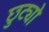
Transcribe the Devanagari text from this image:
छुट्यो